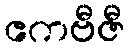
ဧကဗီဇီ